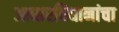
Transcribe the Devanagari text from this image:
आधारविधानांचा